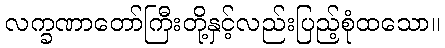
လက္ခဏာတော်ကြီးတို့နှင့်လည်းပြည့်စုံထသော။